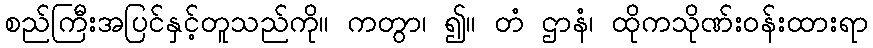
စည်ကြီးအပြင်နှင့်တူသည်ကို။ ကတွာ၊ ၍။ တံ ဌာနံ၊ ထိုကသိုဏ်းဝန်းထားရာ